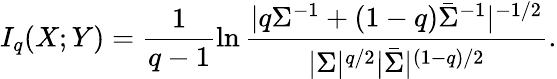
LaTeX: I_{q}(X;Y)=\frac{1}{q-1}\ln\frac{|q\Sigma^{-1}+(1-q)\bar{\Sigma}^{-1}|^{-1/2}}{|\Sigma|^{q/2}|\bar{\Sigma}|^{(1-q)/2}}.